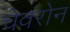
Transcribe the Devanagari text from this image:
चेवरोन